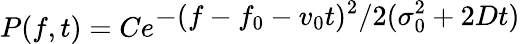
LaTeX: P(f,t)=Ce^{\displaystyle-(f-f_{0}-v_{0}t)^{2}/2(\sigma_{0}^{2}+2Dt)}